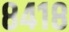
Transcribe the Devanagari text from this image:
८४१८